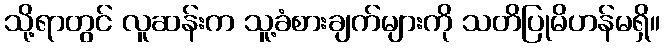
သို့ရာတွင် လူဆန်းက သူ့ခံစားချက်များကို သတိပြုမိဟန်မရှိ။